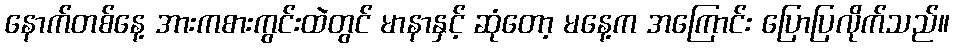
နောက်တစ်နေ့ အားကစားကွင်းထဲတွင် မာနာနှင့် ဆုံတော့ မနေ့က အကြောင်း ပြောပြလိုက်သည်။